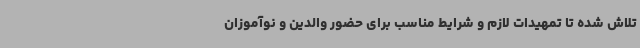
تلاش شده تا تمهیدات لازم و شرایط مناسب برای حضور والدین و نوآموزان